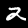
Digit: 2